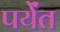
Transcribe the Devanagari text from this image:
पर्येंत